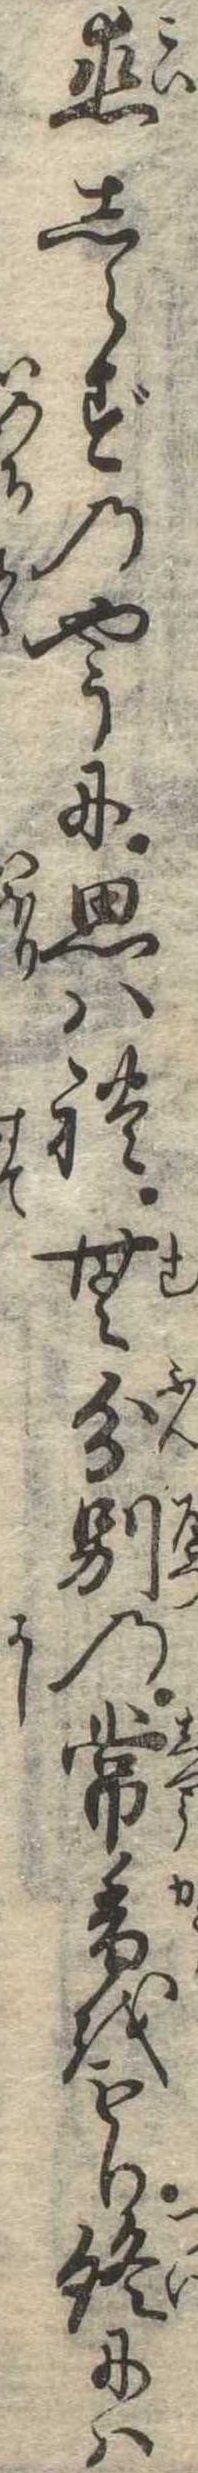
恋しらずのやうに思はれ無分別の常香をもり終には